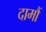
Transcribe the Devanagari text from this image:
दामौं